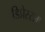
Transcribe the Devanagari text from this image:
डिप्रेस्सम